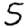
Digit: 5